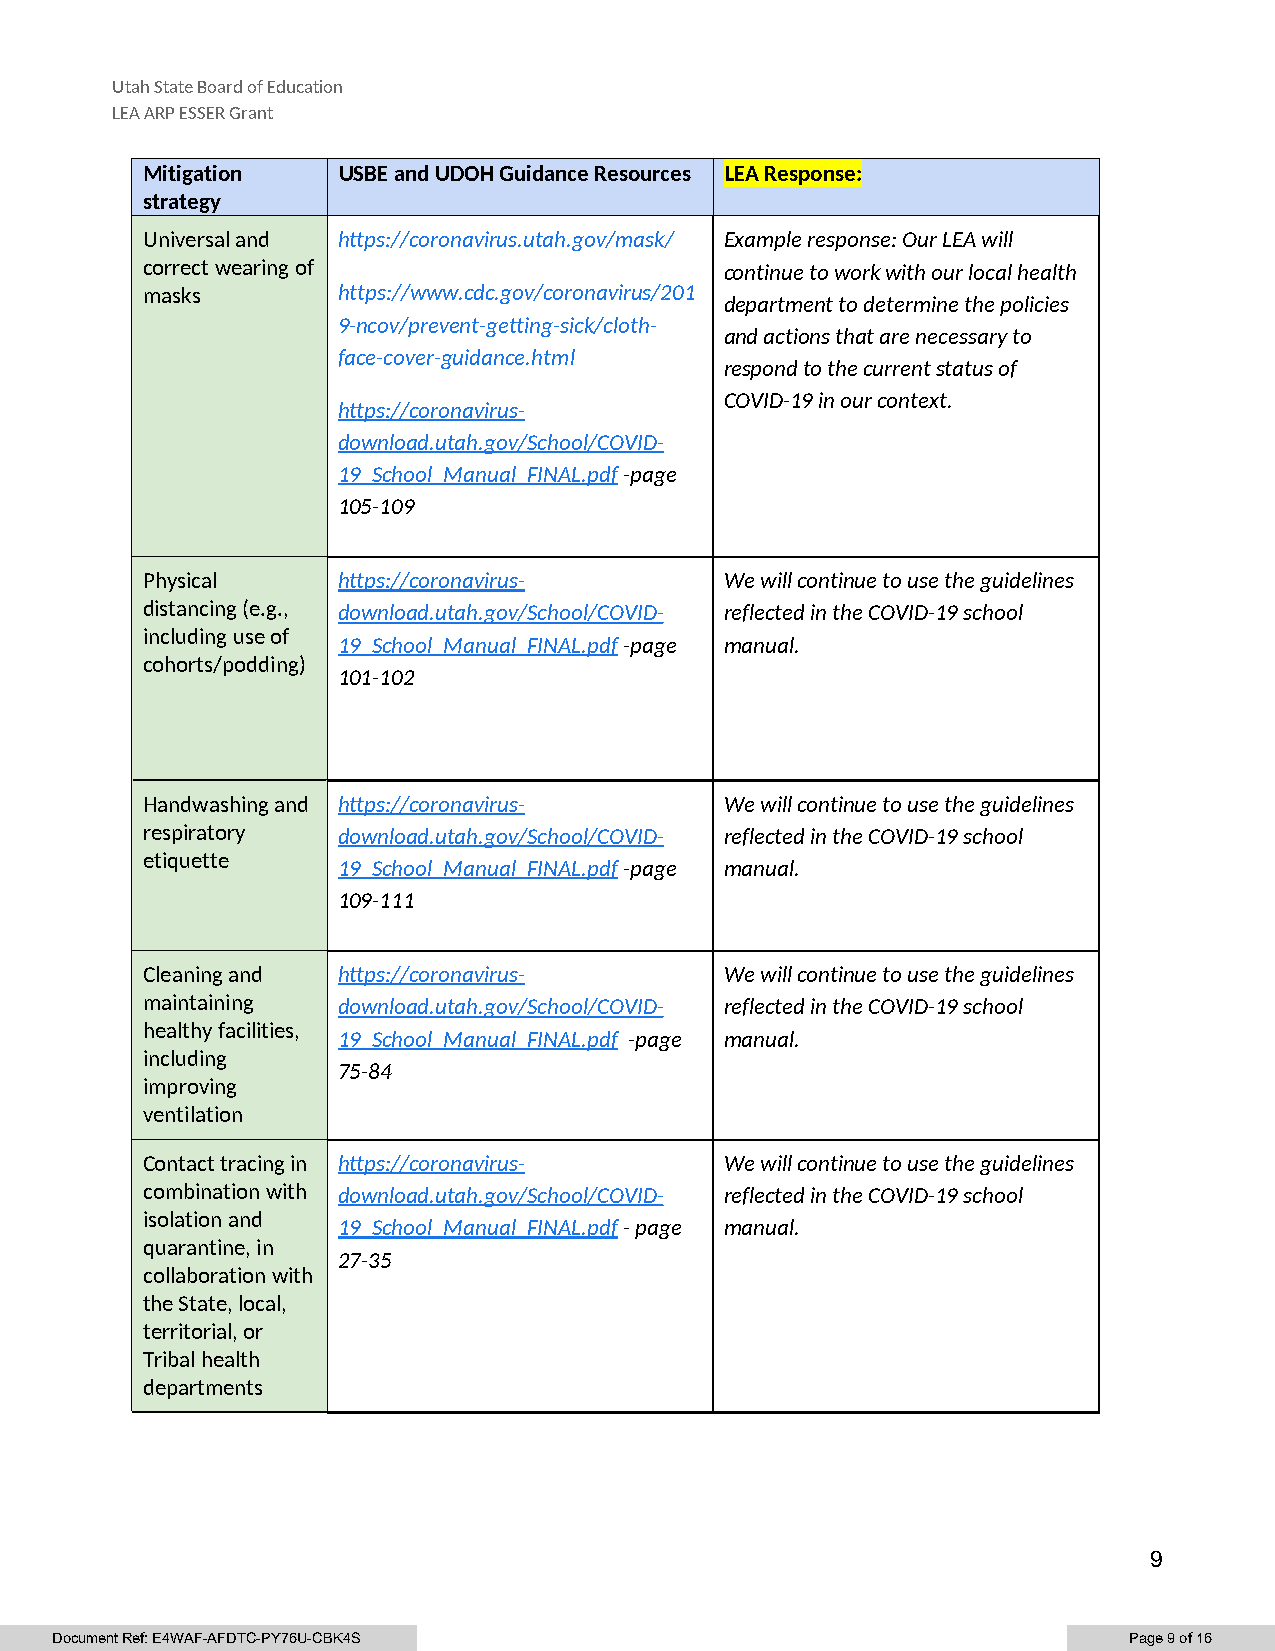
Utah State Board of Education
 LEA ARP ESSER Grant
 Mitigation   USBE and UDOH Guidance Resources LEA Response:
 strategy
 Universal and https://coronavirus.utah.gov/mask/ Example response: Our LEA will
 correct wearing of                     continue to work with our local health
 masks        https://www.cdc.gov/coronavirus/201
 department to determine the policies
 9-ncov/prevent-getting-sick/cloth-
 and actions that are necessary to
 face-cover-guidance.html
 respond to the current status of
 COVID-19 in our context.
 https://coronavirus-
 download.utah.gov/School/COVID-
 19_School_Manual_FINAL.pdf -page
 105-109
 Physical     https://coronavirus-      We will continue to use the guidelines
 distancing (e.g., download.utah.gov/School/COVID- reflected in the COVID-19 school
 including use of
 19_School_Manual_FINAL.pdf -page manual.
 cohorts/podding)
 101-102
 Handwashing and https://coronavirus-   We will continue to use the guidelines
 respiratory  download.utah.gov/School/COVID- reflected in the COVID-19 school
 etiquette
 19_School_Manual_FINAL.pdf -page manual.
 109-111
 Cleaning and https://coronavirus-      We will continue to use the guidelines
 maintaining  download.utah.gov/School/COVID- reflected in the COVID-19 school
 healthy facilities,
 19_School_Manual_FINAL.pdf -page manual.
 including
 75-84
 improving
 ventilation
 Contact tracing in https://coronavirus- We will continue to use the guidelines
 combination with download.utah.gov/School/COVID- reflected in the COVID-19 school
 isolation and
 19_School_Manual_FINAL.pdf - page manual.
 quarantine, in
 27-35
 collaboration with
 the State, local,
 territorial, or
 Tribal health
 departments
 9
 Document Ref: E4WAF-AFDTC-PY76U-CBK4S                                   Page 9 of 16